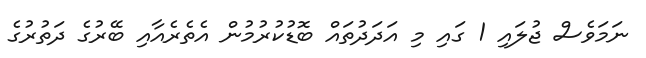
ނަމަވެސް ޖުލައި 1 ގައި މި އަދަދުތައް ބޮޑުކުރުމުން އެތެރެއާއި ބޭރުގެ ދަތުރުގެ